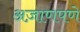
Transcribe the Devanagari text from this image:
अज़ाणपणे